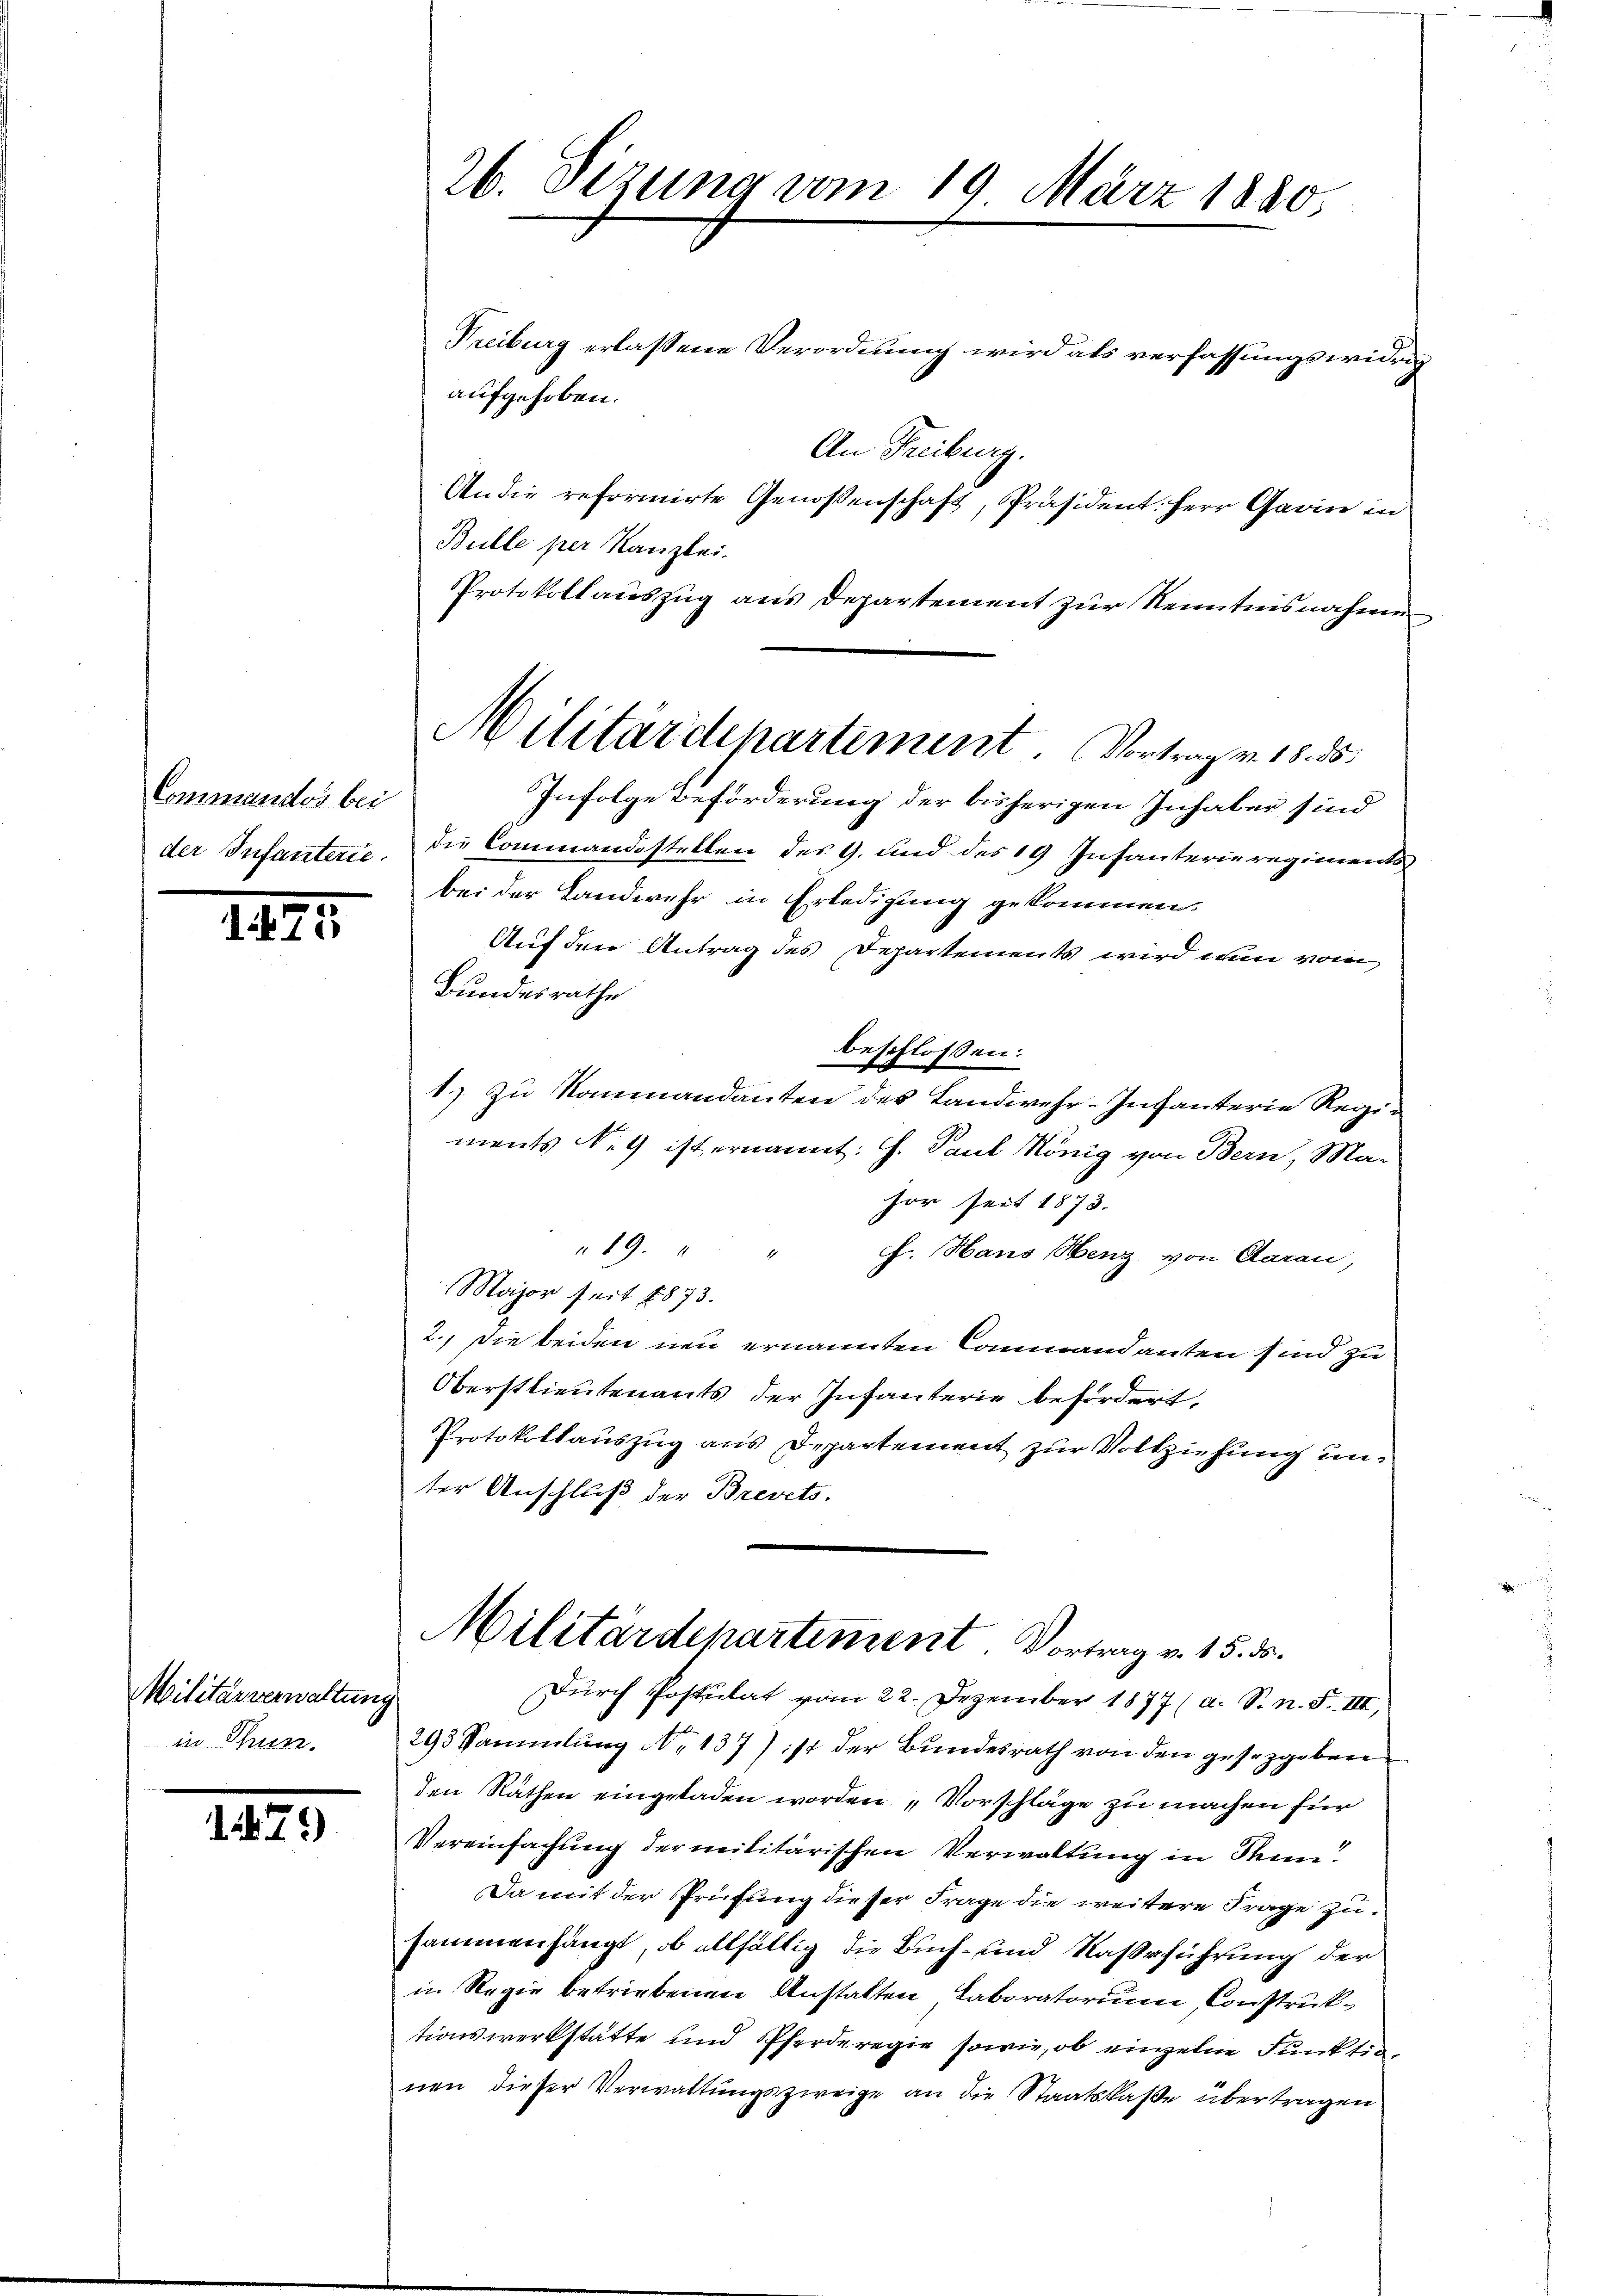
Commandos bei
der Infanterie.

175

Militärverwaltung
in Thun.

1479

Freiburg erlassene Verordnung wird als verfassungswidrig
aufgehoben.
An Freiburg.
An die reformirte Genossenschaft, Präsident. Herr Garin in
Bulle per Kanzlei.
Protokollauszug aus Departement zur Kenntnisnahmen
Infolge Beförderung der bisherigen Inhaber sind
die Commandostellen des 9. Sind des 19 Infanterieregiments
bei der Landwehr in Erledigung gekommen.
Auf den Antrag des Departements wird nun vom
Bundesrathe
beschlossen:
1.) Zu Kommandanten des Landwehr-Infanterie Regiments Nr 9 ist ernannt: H. Paul König von Bern, Ma-
hor seit 1873.
19.
f. Haus Menz von Aarau,
Major seit 1873.
2.) Die beiden neu ernannten Commandanten sind zu
Oberstlieutenants der Infanterie befördert,
Protokollauszug aus Departement zur Vollziehung unter Anschluß der Brevets.
Militärdepartiment. Vortrag v. 15. ds.
Durch Postulat vom 22. Dezember 1877 (a. S. n. F. III,
293 Sammlung No 137) ist der Bundesrath von den gesetzgeben
den Räthen eingeladen worden „Vorschläge zu machen für
Vereinfachung der militärischen Verwaltung in Senn
Da mit der Prüfung dieser Frage die weitere Frage zusammenhängt, ob allfältig die Buch- und Naßeführung der
in Regie betriebenen Anstalten Laboratorium Construktionswerkstätte und Pferderegie sowie, ob einzelne Funktionen dieser Verwaltungszweige an die Staatskaße übertragen

26. Sezung vom 19. März 1880,

Militärdepartement. Vortrag v. 18. 85